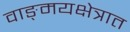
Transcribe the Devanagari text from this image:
वाङ्‌मयक्षेत्रात